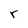
Character: r